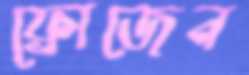
ফ্রোজেন